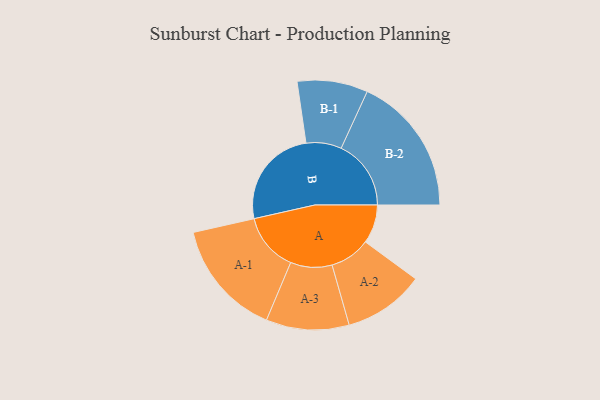
{"axis": {"x": "Segment", "y": "Value"}, "legend": ["", "A", "B"], "data": [{"x": "A", "y": 157, "type": ""}, {"x": "B", "y": 409, "type": ""}, {"x": "A-1", "y": 236, "type": "A"}, {"x": "A-2", "y": 164, "type": "A"}, {"x": "A-3", "y": 168, "type": "A"}, {"x": "B-1", "y": 143, "type": "B"}, {"x": "B-2", "y": 283, "type": "B"}]}